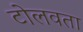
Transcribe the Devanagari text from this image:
टोलवता